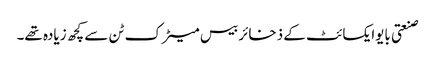
صنعتی بایوایکسائٹ کے ذخائر بیس میٹرک ٹن سے کچھ زیادہ تھے۔